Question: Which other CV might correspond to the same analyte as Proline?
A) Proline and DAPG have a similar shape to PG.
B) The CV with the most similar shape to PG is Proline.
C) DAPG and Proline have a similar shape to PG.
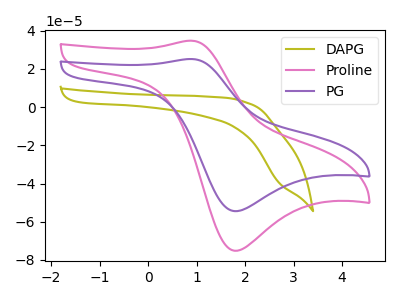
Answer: <think>The olive curve "DAPG" has no peaks. The pink curve "Proline" has an anodic peak at (0.90V, 34.75uA) and a cathodic peak at (1.80V, -75.20uA). The purple curve "PG" has an anodic peak at (0.90V, 25.15uA) and a cathodic peak at (1.80V, -54.45uA).
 "DAPG" and "Proline" have a different number of peaks. "DAPG" and "PG" have a different number of peaks. All the peaks in "Proline" have a peak in "PG" at the same potential. Every peak in "Proline" is higher than every peak in "PG".</think>
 <answer>B) The CV with the most similar shape to "PG" is "Proline".</answer>
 <eval>B</eval>